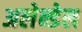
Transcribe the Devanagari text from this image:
अलेन्डेल